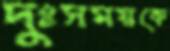
দুঃসময়কে